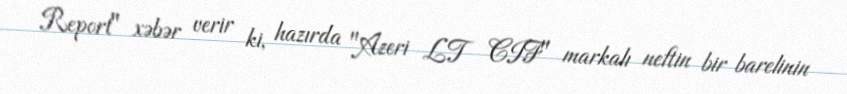
Report" xəbər verir ki, hazırda "Azeri LT CIF" markalı neftin bir barelinin